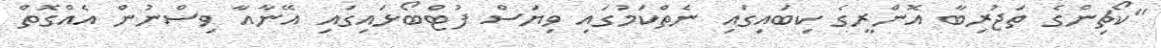
"ކޯޗިންގެ ތަޖުރިބާ އޮންރީގެ ކިބައިގައި ނެތްކަމުގައި ވިޔަސް ފުޓްބޯޅައިގައި އޭނާއާ ވިސްނުން އެއްގޮތް